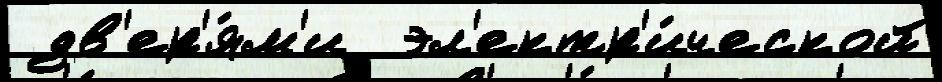
 дв'ер'я́м'и  эл'ектр'и́ческой